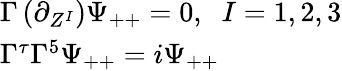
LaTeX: \begin{array}{l}{{\Gamma\left(\partial_{Z^{I}}\right)\Psi_{++}=0,\; \; I=1,2,3}}\\ {{\Gamma^{\tau}\Gamma^{5}\Psi_{++}=i\Psi_{++}}}\end{array}